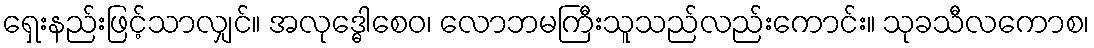
ရှေးနည်းဖြင့်သာလျှင်။ အလုဒ္ဓေါစေဝ၊ လောဘမကြီးသူသည်လည်းကောင်း။ သုခသီလကောစ၊